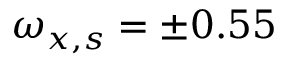
\omega _ { x , s } = \pm 0 . 5 5